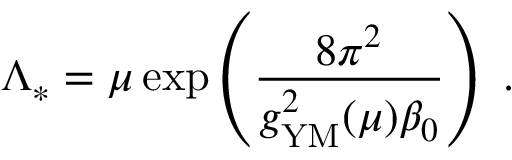
\Lambda _ { * } = \mu \exp \left( { \frac { 8 \pi ^ { 2 } } { g _ { \mathrm { { \small Y M } } } ^ { 2 } ( \mu ) \beta _ { 0 } } } \right) ~ .